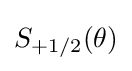
S_{+1/2}(\theta )